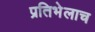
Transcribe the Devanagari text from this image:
प्रतिभेलाच